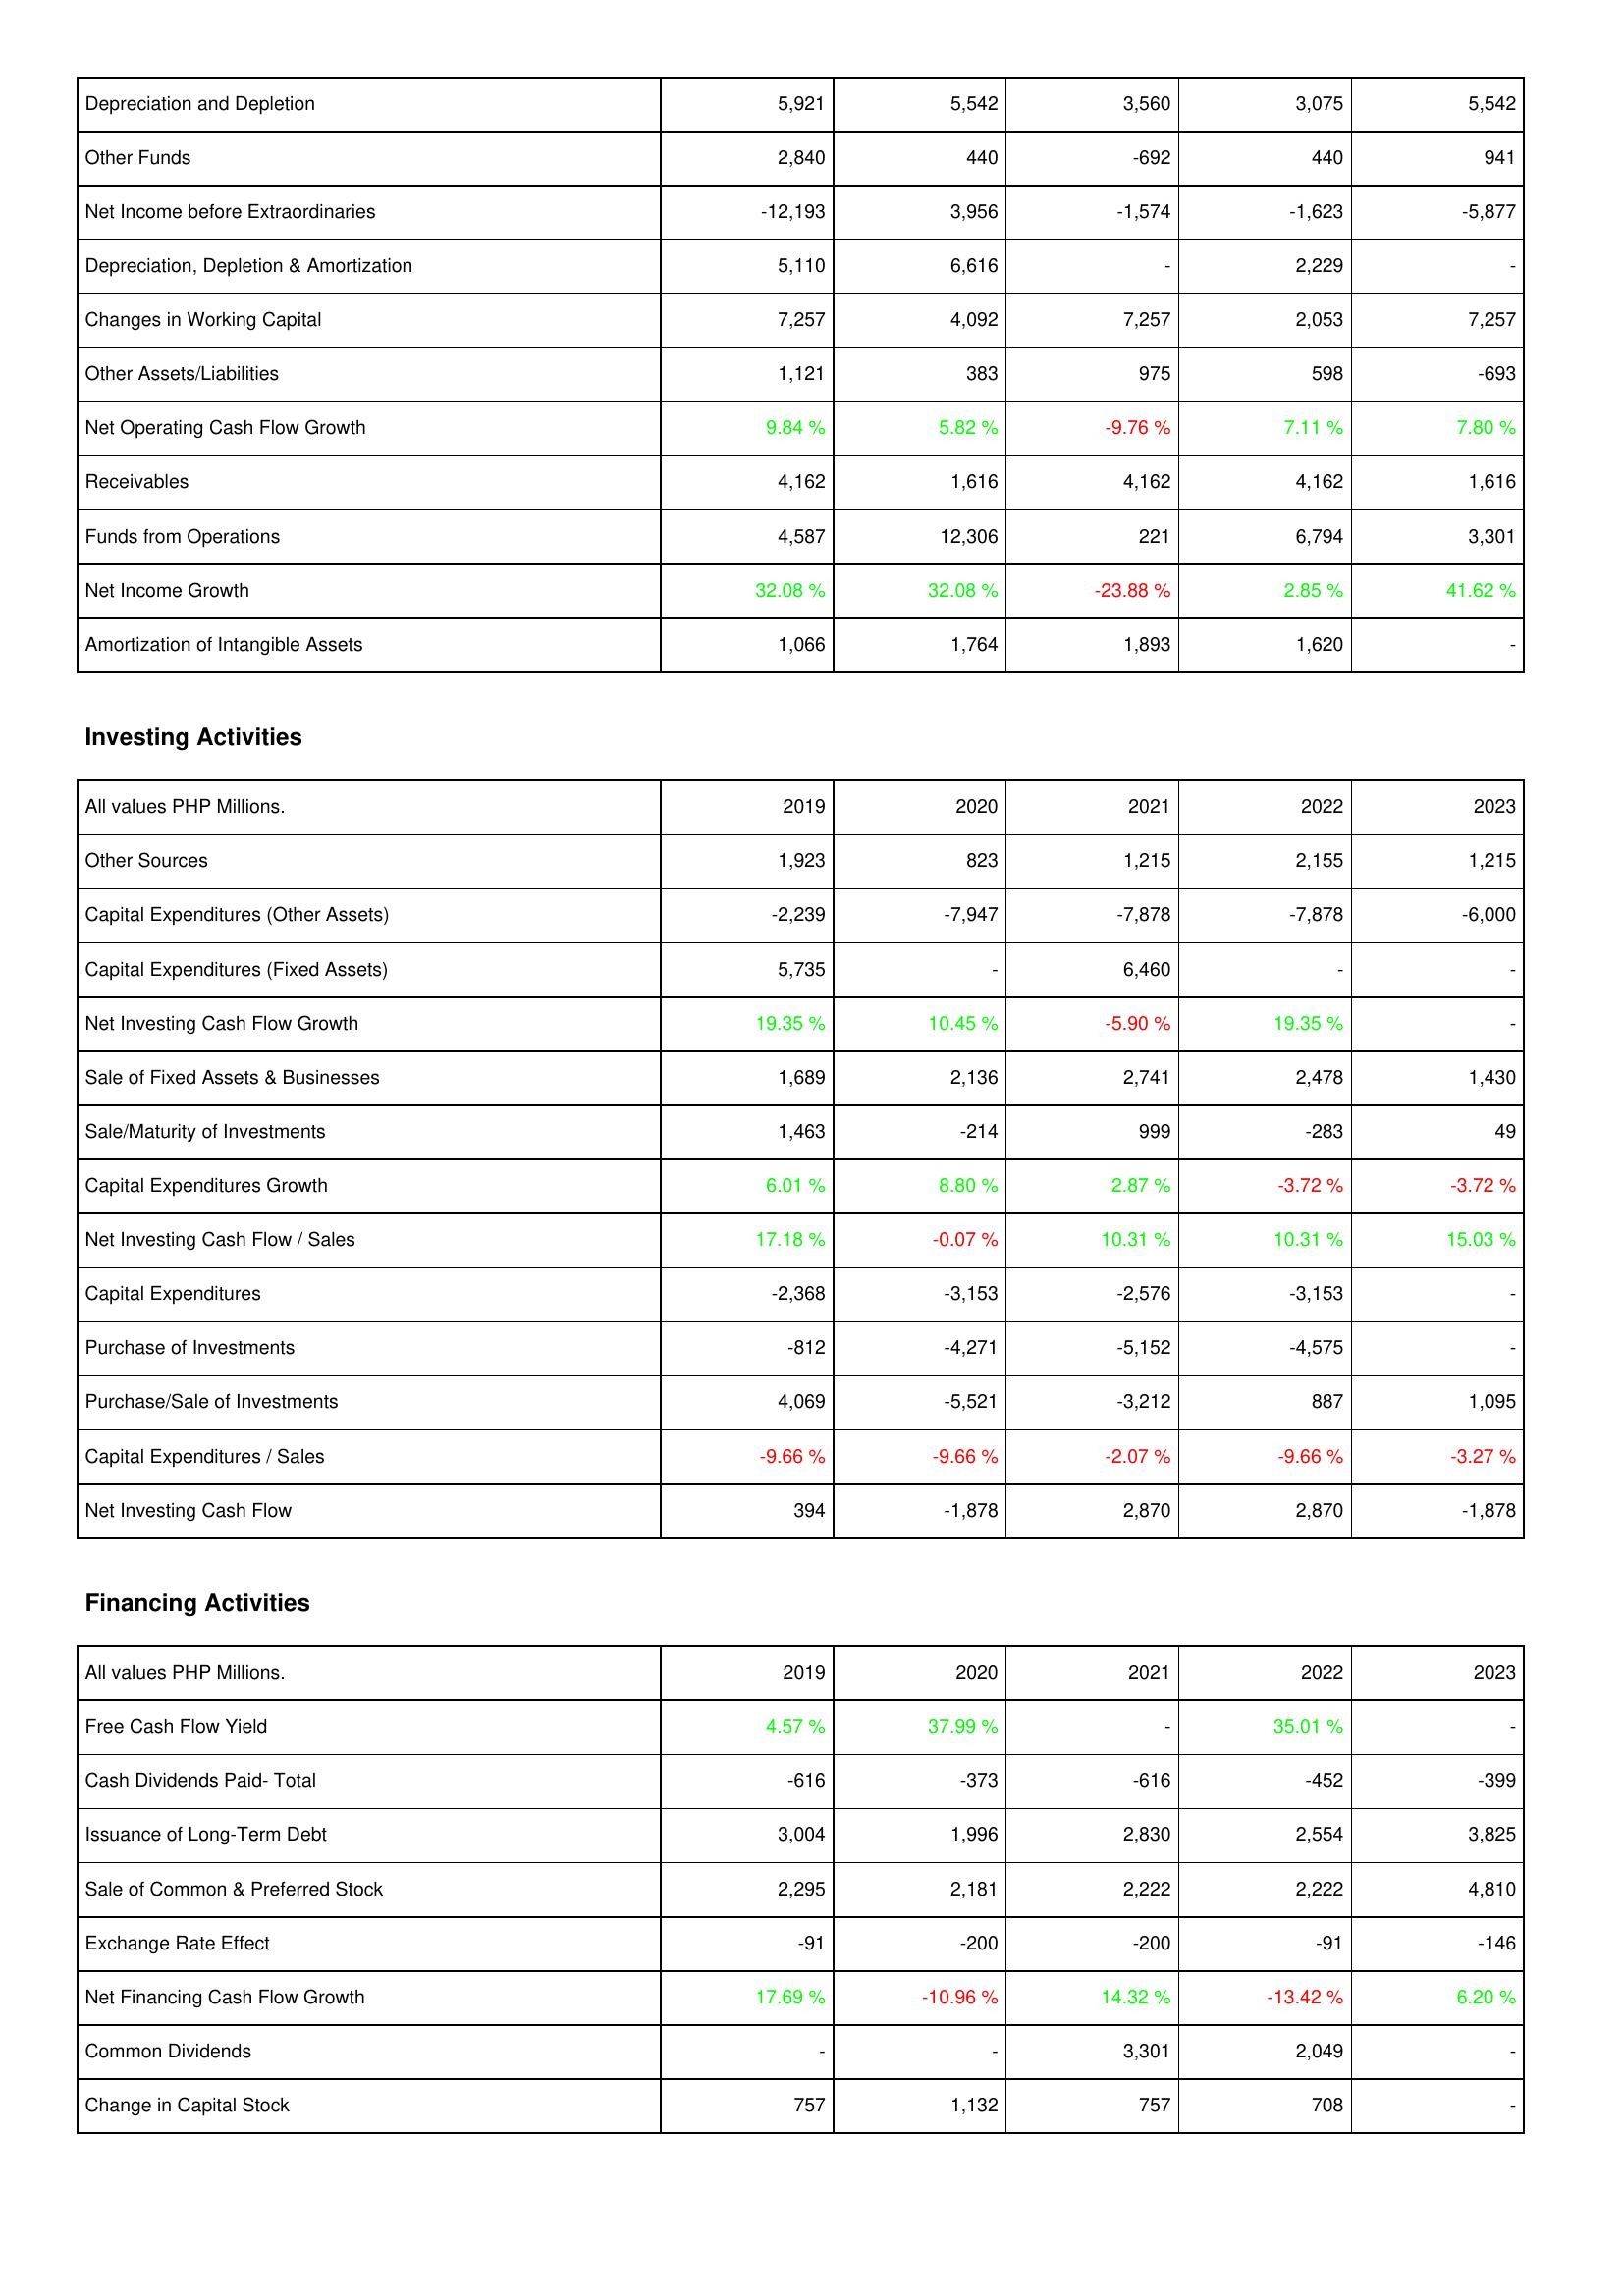
2019: Operating Activities: Depreciation and Depletion: 5,921
Other Funds: 2,840
Net Income before Extraordinaries: -12,193
Depreciation, Depletion & Amortization: 5,110
Changes in Working Capital: 7,257
Other Assets/Liabilities: 1,121
Net Operating Cash Flow Growth: 9.84 %
Receivables: 4,162
Funds from Operations: 4,587
Net Income Growth: 32.08 %
Amortization of Intangible Assets: 1,066
Investing Activities: Other Sources: 1,923
Capital Expenditures (Other Assets): -2,239
Capital Expenditures (Fixed Assets): 5,735
Net Investing Cash Flow Growth: 19.35 %
Sale of Fixed Assets & Businesses: 1,689
Sale/Maturity of Investments: 1,463
Capital Expenditures Growth: 6.01 %
Net Investing Cash Flow / Sales: 17.18 %
Capital Expenditures: -2,368
Purchase of Investments: -812
Purchase/Sale of Investments: 4,069
Capital Expenditures / Sales: -9.66 %
Net Investing Cash Flow: 394
Financing Activities: Free Cash Flow Yield: 4.57 %
Cash Dividends Paid- Total: -616
Issuance of Long-Term Debt: 3,004
Sale of Common & Preferred Stock: 2,295
Exchange Rate Effect: -91
Net Financing Cash Flow Growth: 17.69 %
Common Dividends: -
Change in Capital Stock: 757
2020: Operating Activities: Depreciation and Depletion: 5,542
Other Funds: 440
Net Income before Extraordinaries: 3,956
Depreciation, Depletion & Amortization: 6,616
Changes in Working Capital: 4,092
Other Assets/Liabilities: 383
Net Operating Cash Flow Growth: 5.82 %
Receivables: 1,616
Funds from Operations: 12,306
Net Income Growth: 32.08 %
Amortization of Intangible Assets: 1,764
Investing Activities: Other Sources: 823
Capital Expenditures (Other Assets): -7,947
Capital Expenditures (Fixed Assets): -
Net Investing Cash Flow Growth: 10.45 %
Sale of Fixed Assets & Businesses: 2,136
Sale/Maturity of Investments: -214
Capital Expenditures Growth: 8.80 %
Net Investing Cash Flow / Sales: -0.07 %
Capital Expenditures: -3,153
Purchase of Investments: -4,271
Purchase/Sale of Investments: -5,521
Capital Expenditures / Sales: -9.66 %
Net Investing Cash Flow: -1,878
Financing Activities: Free Cash Flow Yield: 37.99 %
Cash Dividends Paid- Total: -373
Issuance of Long-Term Debt: 1,996
Sale of Common & Preferred Stock: 2,181
Exchange Rate Effect: -200
Net Financing Cash Flow Growth: -10.96 %
Common Dividends: -
Change in Capital Stock: 1,132
2021: Operating Activities: Depreciation and Depletion: 3,560
Other Funds: -692
Net Income before Extraordinaries: -1,574
Depreciation, Depletion & Amortization: -
Changes in Working Capital: 7,257
Other Assets/Liabilities: 975
Net Operating Cash Flow Growth: -9.76 %
Receivables: 4,162
Funds from Operations: 221
Net Income Growth: -23.88 %
Amortization of Intangible Assets: 1,893
Investing Activities: Other Sources: 1,215
Capital Expenditures (Other Assets): -7,878
Capital Expenditures (Fixed Assets): 6,460
Net Investing Cash Flow Growth: -5.90 %
Sale of Fixed Assets & Businesses: 2,741
Sale/Maturity of Investments: 999
Capital Expenditures Growth: 2.87 %
Net Investing Cash Flow / Sales: 10.31 %
Capital Expenditures: -2,576
Purchase of Investments: -5,152
Purchase/Sale of Investments: -3,212
Capital Expenditures / Sales: -2.07 %
Net Investing Cash Flow: 2,870
Financing Activities: Free Cash Flow Yield: -
Cash Dividends Paid- Total: -616
Issuance of Long-Term Debt: 2,830
Sale of Common & Preferred Stock: 2,222
Exchange Rate Effect: -200
Net Financing Cash Flow Growth: 14.32 %
Common Dividends: 3,301
Change in Capital Stock: 757
2022: Operating Activities: Depreciation and Depletion: 3,075
Other Funds: 440
Net Income before Extraordinaries: -1,623
Depreciation, Depletion & Amortization: 2,229
Changes in Working Capital: 2,053
Other Assets/Liabilities: 598
Net Operating Cash Flow Growth: 7.11 %
Receivables: 4,162
Funds from Operations: 6,794
Net Income Growth: 2.85 %
Amortization of Intangible Assets: 1,620
Investing Activities: Other Sources: 2,155
Capital Expenditures (Other Assets): -7,878
Capital Expenditures (Fixed Assets): -
Net Investing Cash Flow Growth: 19.35 %
Sale of Fixed Assets & Businesses: 2,478
Sale/Maturity of Investments: -283
Capital Expenditures Growth: -3.72 %
Net Investing Cash Flow / Sales: 10.31 %
Capital Expenditures: -3,153
Purchase of Investments: -4,575
Purchase/Sale of Investments: 887
Capital Expenditures / Sales: -9.66 %
Net Investing Cash Flow: 2,870
Financing Activities: Free Cash Flow Yield: 35.01 %
Cash Dividends Paid- Total: -452
Issuance of Long-Term Debt: 2,554
Sale of Common & Preferred Stock: 2,222
Exchange Rate Effect: -91
Net Financing Cash Flow Growth: -13.42 %
Common Dividends: 2,049
Change in Capital Stock: 708
2023: Operating Activities: Depreciation and Depletion: 5,542
Other Funds: 941
Net Income before Extraordinaries: -5,877
Depreciation, Depletion & Amortization: -
Changes in Working Capital: 7,257
Other Assets/Liabilities: -693
Net Operating Cash Flow Growth: 7.80 %
Receivables: 1,616
Funds from Operations: 3,301
Net Income Growth: 41.62 %
Amortization of Intangible Assets: -
Investing Activities: Other Sources: 1,215
Capital Expenditures (Other Assets): -6,000
Capital Expenditures (Fixed Assets): -
Net Investing Cash Flow Growth: -
Sale of Fixed Assets & Businesses: 1,430
Sale/Maturity of Investments: 49
Capital Expenditures Growth: -3.72 %
Net Investing Cash Flow / Sales: 15.03 %
Capital Expenditures: -
Purchase of Investments: -
Purchase/Sale of Investments: 1,095
Capital Expenditures / Sales: -3.27 %
Net Investing Cash Flow: -1,878
Financing Activities: Free Cash Flow Yield: -
Cash Dividends Paid- Total: -399
Issuance of Long-Term Debt: 3,825
Sale of Common & Preferred Stock: 4,810
Exchange Rate Effect: -146
Net Financing Cash Flow Growth: 6.20 %
Common Dividends: -
Change in Capital Stock: -